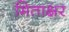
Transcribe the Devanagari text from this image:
मिताक्षर